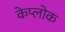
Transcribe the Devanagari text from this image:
केप्लोक